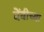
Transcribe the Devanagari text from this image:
बेंबीच्या